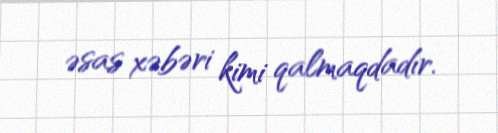
əsas xəbəri kimi qalmaqdadır.